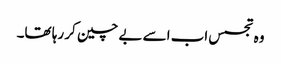
وہ تجسس اب اسے بے چین کر رہا تھا۔